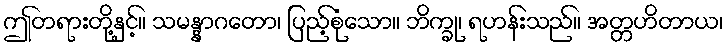
ဤတရားတို့နှင့်။ သမန္နာဂတော၊ ပြည့်စုံသော။ ဘိက္ခု၊ ရဟန်းသည်။ အတ္တဟိတာယ၊